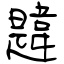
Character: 韙